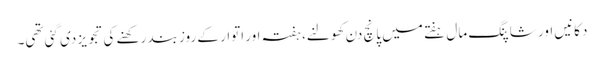
دکانیں اور شاپنگ مال ہفتے میں پانچ دن کھولنے، ہفتہ اور اتوار کے روز بند رکھنے کی تجویز دی گئی تھی۔